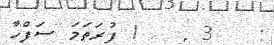
:   3